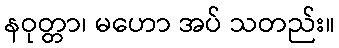
နဝုတ္တာ၊ မဟော အပ် သတည်း။